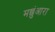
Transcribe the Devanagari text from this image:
मछुंआरा